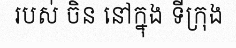
របស់ ចិន នៅក្នុង ទីក្រុង